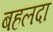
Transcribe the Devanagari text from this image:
बहलदा